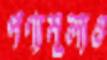
পণ্যমূল্যও